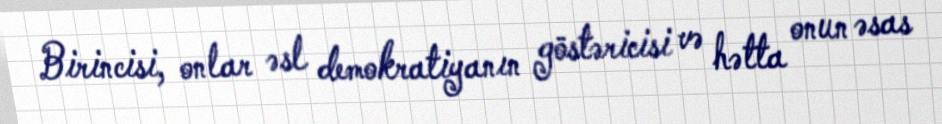
Birincisi, onlar əsl demokratiyanın göstəricisi və hətta onun əsas